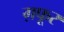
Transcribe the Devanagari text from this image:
ग़फूर